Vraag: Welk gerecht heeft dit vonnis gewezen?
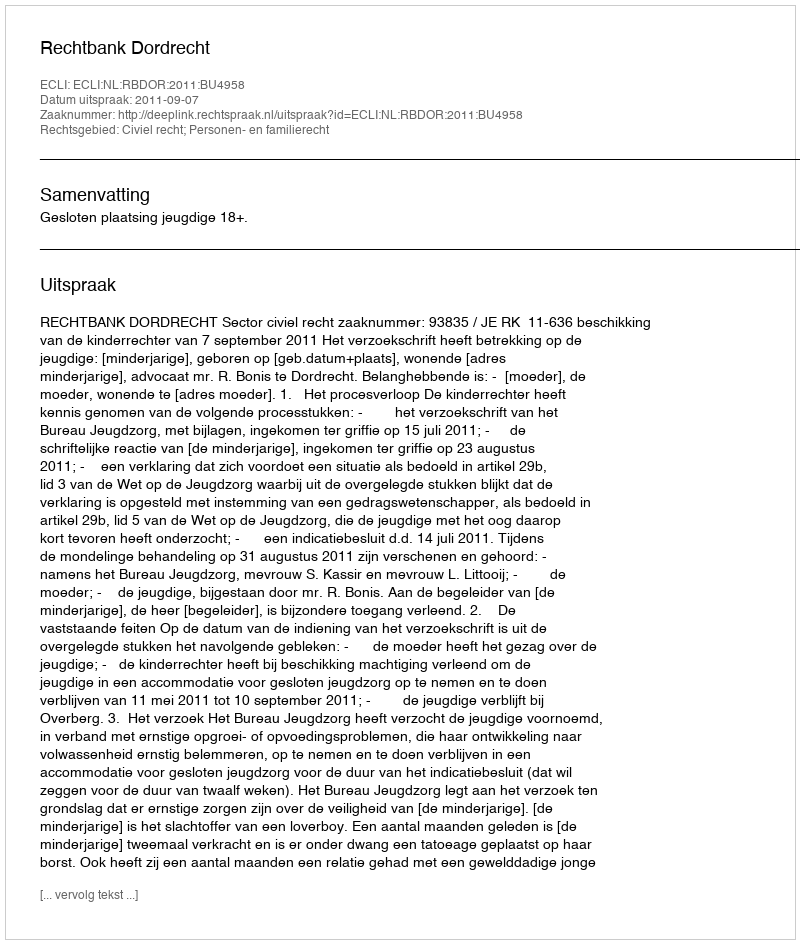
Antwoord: Rechtbank Dordrecht